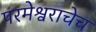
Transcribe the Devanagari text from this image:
परमेश्वराचेच